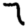
Digit: 7